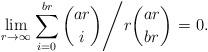
LaTeX: \begin{align*}\lim\limits_{r\rightarrow\infty}\left.\sum\limits_{i=0}^{br}\dbinom{ar}{i}\middle/r\dbinom{ar}{br}\right.=0.\end{align*}